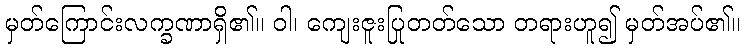
မှတ်ကြောင်းလက္ခဏာရှိ၏။ ဝါ၊ ကျေးဇူးပြုတတ်သော တရားဟူ၍ မှတ်အပ်၏။